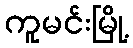
ကူမင်းမြို့